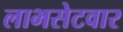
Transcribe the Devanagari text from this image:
लाभसेटवार